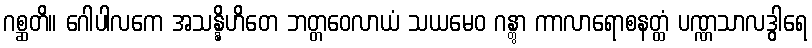
ဂစ္ဆတိ။ ဂေါပါလကေ အသန္နိဟိတေ ဘတ္တဝေလာယံ သယမေဝ ဂန္တွာ ကာလာရောစနတ္ထံ ပဏ္ဏသာလဒွါရေ